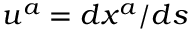
u ^ { a } = d x ^ { a } / d s